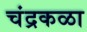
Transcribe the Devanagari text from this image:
चंद्रकळा